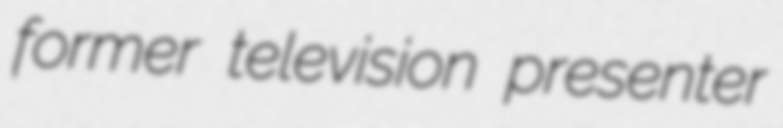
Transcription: former television presenter